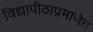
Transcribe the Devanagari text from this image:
विद्यापीठाप्रमाणेच